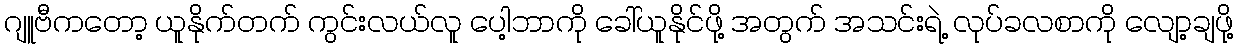
ဂျူဗီကတော့ ယူနိုက်တက် ကွင်းလယ်လူ ပေါ့ဘာကို ခေါ်ယူနိုင်ဖို့ အတွက် အသင်းရဲ့ လုပ်ခလစာကို လျော့ချဖို့